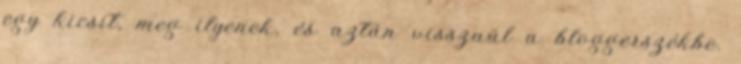
egy kicsit, meg ilyenek, és aztán visszaül a bloggerszékbe.